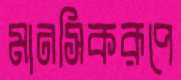
মানসিকরূপে